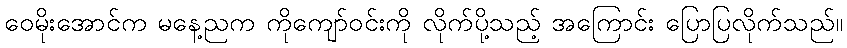
ဝေမိုးအောင်က မနေ့ညက ကိုကျော်ဝင်းကို လိုက်ပို့သည့် အကြောင်း ပြောပြလိုက်သည်။